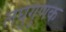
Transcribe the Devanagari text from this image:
लघुगुणक